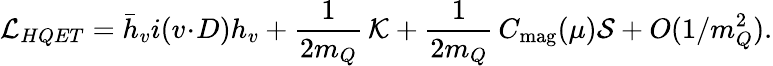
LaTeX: {\cal L}_{HQET}=\bar{h}_{v}i(v\! \cdot\! D)h_{v}+\frac{1}{2m_{Q}}\, {\cal K}+\frac{1}{2m_{Q}}\, C_{\mathrm{mag}}(\mu){\cal S}+O(1/m_{Q}^{2}).